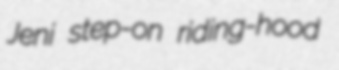
Jeni step-on riding-hood